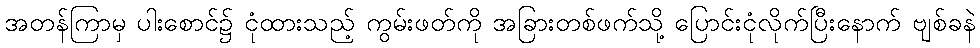
အတန်ကြာမှ ပါးစောင်၌ ငုံထားသည့် ကွမ်းဖတ်ကို အခြားတစ်ဖက်သို့ ပြောင်းငုံလိုက်ပြီးနောက် ဗျစ်ခနဲ